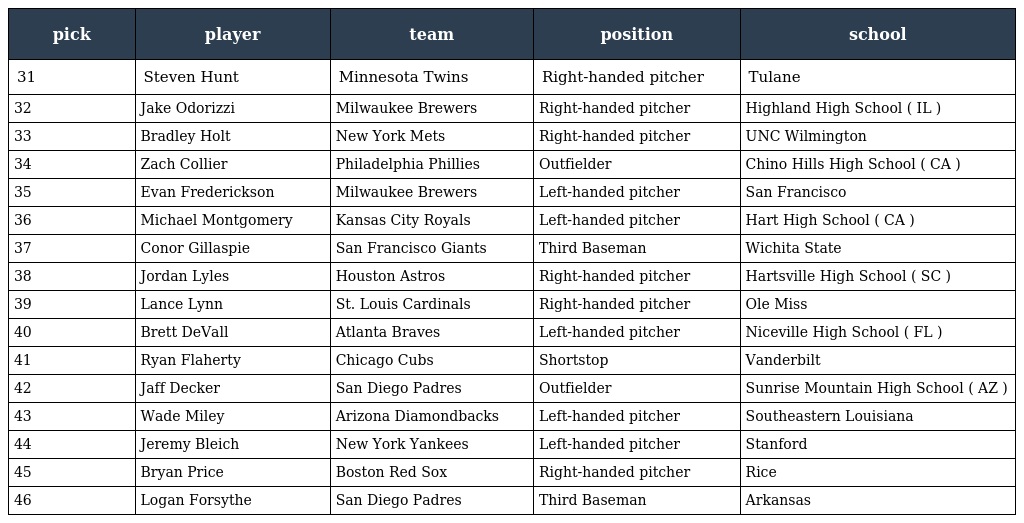
| pick | player | team | position | school |
 | --- | --- | --- | --- | --- |
 | 31 | Steven Hunt | Minnesota Twins | Right-handed pitcher | Tulane |
 | 32 | Jake Odorizzi | Milwaukee Brewers | Right-handed pitcher | Highland High School ( IL ) |
 | 33 | Bradley Holt | New York Mets | Right-handed pitcher | UNC Wilmington |
 | 34 | Zach Collier | Philadelphia Phillies | Outfielder | Chino Hills High School ( CA ) |
 | 35 | Evan Frederickson | Milwaukee Brewers | Left-handed pitcher | San Francisco |
 | 36 | Michael Montgomery | Kansas City Royals | Left-handed pitcher | Hart High School ( CA ) |
 | 37 | Conor Gillaspie | San Francisco Giants | Third Baseman | Wichita State |
 | 38 | Jordan Lyles | Houston Astros | Right-handed pitcher | Hartsville High School ( SC ) |
 | 39 | Lance Lynn | St. Louis Cardinals | Right-handed pitcher | Ole Miss |
 | 40 | Brett DeVall | Atlanta Braves | Left-handed pitcher | Niceville High School ( FL ) |
 | 41 | Ryan Flaherty | Chicago Cubs | Shortstop | Vanderbilt |
 | 42 | Jaff Decker | San Diego Padres | Outfielder | Sunrise Mountain High School ( AZ ) |
 | 43 | Wade Miley | Arizona Diamondbacks | Left-handed pitcher | Southeastern Louisiana |
 | 44 | Jeremy Bleich | New York Yankees | Left-handed pitcher | Stanford |
 | 45 | Bryan Price | Boston Red Sox | Right-handed pitcher | Rice |
 | 46 | Logan Forsythe | San Diego Padres | Third Baseman | Arkansas |